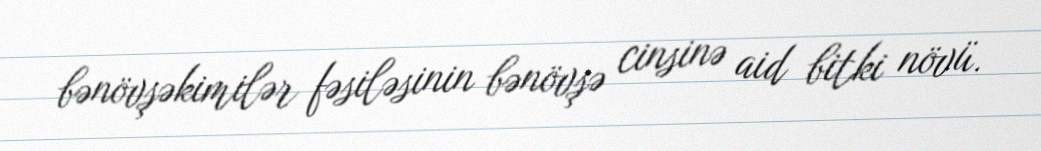
bənövşəkimilər fəsiləsinin bənövşə cinsinə aid bitki növü.